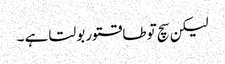
لیکن سچ توطاقتور بولتا ہے ۔